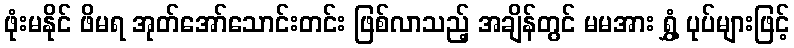
ဖုံးမနိုင် ဖိမရ အုတ်အော်သောင်းတင်း ဖြစ်လာသည့် အချိန်တွင် မမအား ရွှံ့ ပုပ်များဖြင့်